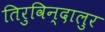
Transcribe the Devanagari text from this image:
तिरुविन्दालुर